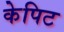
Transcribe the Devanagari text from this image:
केपिट